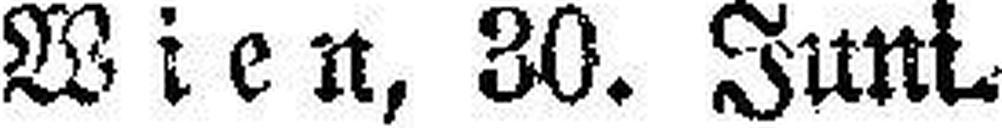
Wien, 30. Juni.